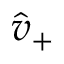
\hat { v } _ { + }